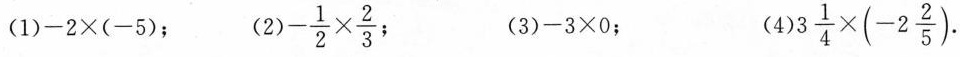
(1)$$- 2 \times ( - 5 )$$ ； (2) $$- \frac { 1 } { 2 } \times \frac { 2 } { 3 }$$ (3)$$- 3 \times 0$$； (4)$$3 \frac { 1 } { 4 } \times ( - 2 \frac { 2 } { 5 } )$$.